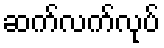
ဆက်လက်လုပ်